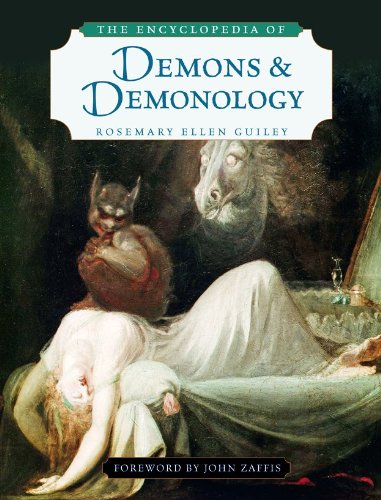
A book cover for The Encyclopedia of Demons and Demonology; Rosemary Ellen Guiley; Reference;